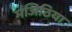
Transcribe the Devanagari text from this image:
मंजिठिया